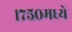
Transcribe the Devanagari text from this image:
१७५०मध्ये